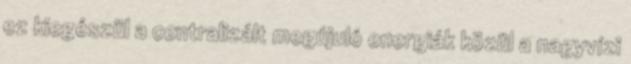
ez kiegészül a centralizált megújuló energiák közül a nagyvízi